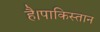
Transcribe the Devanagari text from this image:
है।पाकिस्तान